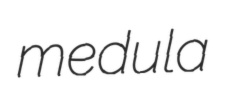
medula